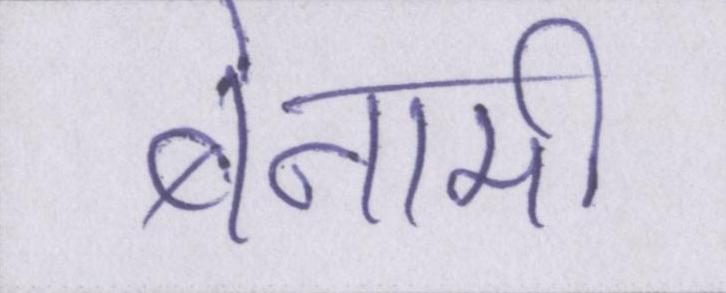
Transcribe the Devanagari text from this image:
बेनामी